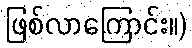
ဖြစ်လာကြောင်း။)